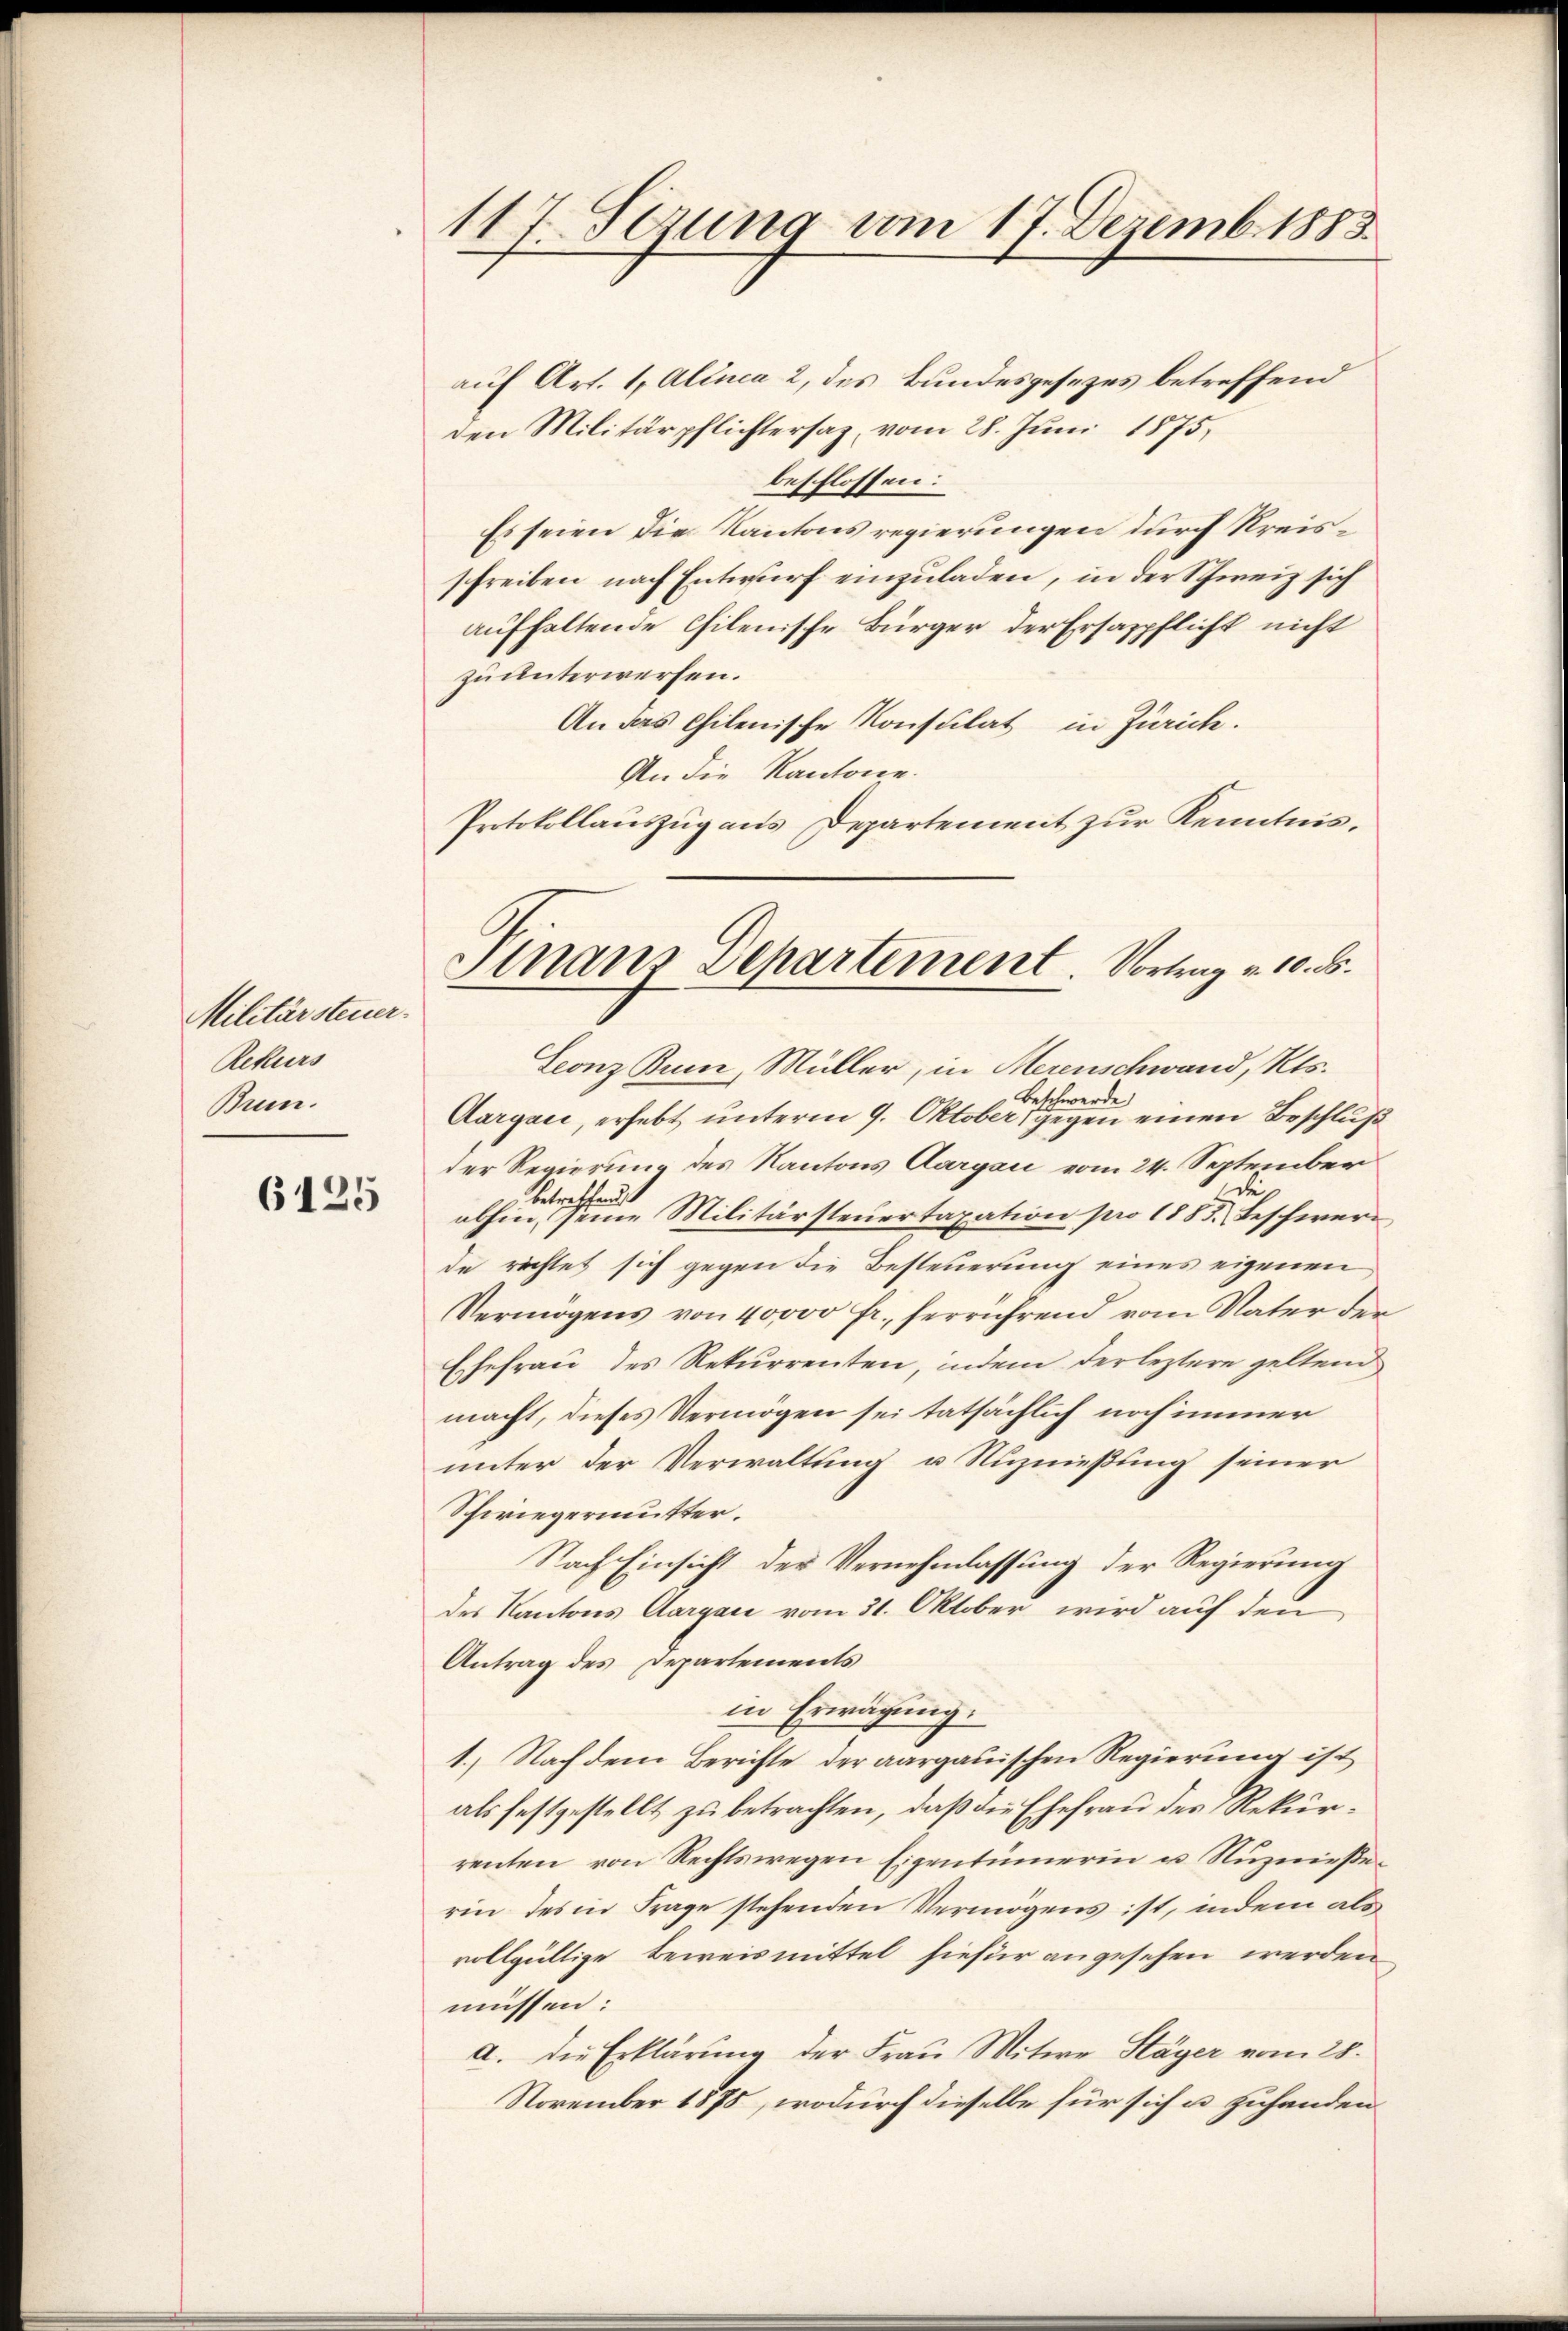
Militärsteuer.
Rekurs
Brm.

6125

117. Sezung vom 17. Dezemb. 1888

auf Art. 1, Alinea 2, des Bundesgesezes betreffend
den Militärpflichtersaz, vom 28. Juni 1875,
beschlossen:
Es seien die Kantons regierungen durch Kreisschreiben nach Entwurf einzuladen, in der Schweiz sich
aufhaltende Chilenische Bürger der Ersaspflicht nicht
zu unterwerfen.
An das Chilenische Konsulat in Zürich.
An die Kantone.
Protokollauszug aus Departement zur Kenntnis¬

Finans Departement. Vortrag v. 10. d.

Leonz Bum, Müller, in Herenschwand, Kts.
Beschwerde
Aargau, erhebt unterm 9. Oktober, gegen einen Beschluß
der Regierung des Kantons Aargau vom 24. September
de
betreffend
abhin, seine Militärsteuertaxation pro 1883. Beschwere
de richtet sich gegen die Besteuerung eines eigenen
Vermögens von 40000 fr. herrührend vom Vater der
Ehefrau des Rekurrenten, indem der leztere gelten
macht, dieses Vermögen sei tatsächlich noch immer
unter der Verwaltung u Ruznießung seiner
Schwiegermutter.
Nach Einsicht der Vernehmlassung der Regierung
des Kantons Aargare vom 31. Oktober wird auf den
Antrag des Departements
in Erwägung.
1.) Nach dem Berichte der aargauischen Regierung ist
als festgestellt zu betrachten, daß die Ehefrau der Rekurrenten von Rechtswegen Eigentümerin u. Nuznießerin des in Frage stehenden Vermögens ist, indem als
vollgültige Beweismittel hiefür angesehen werden
müssen:
a. die Erklärŭng der Fraŭ Witwe Stäger vom 28.
November 1875, wodurch dieselbe für sich u. zuhanden